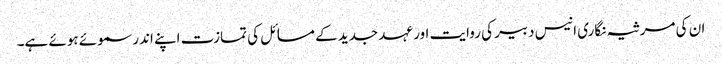
ان کی مرثیہ نگاری انیس دبیر کی روایت اور عہد جدید کے مسائل کی تمازت اپنے اندر سموئے ہوئے ہے۔